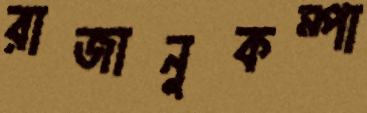
রাজানুকম্পা